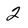
Character: 2